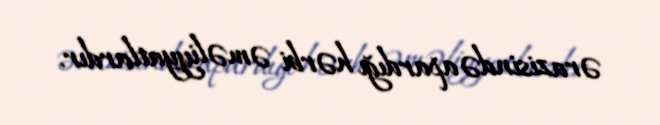
ərazisində apardığı hərbi əməliyyatlardır.